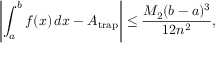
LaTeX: \left\vert \int _ { a } ^ { b } f ( x ) \, d x - A _ { \mathrm { t r a p } } \right\vert \leq { \frac { M _ { 2 } ( b - a ) ^ { 3 } } { 1 2 n ^ { 2 } } } ,